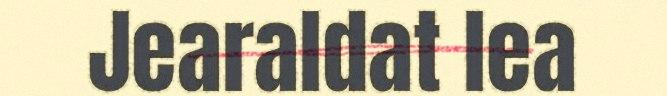
Jearaldat lea